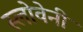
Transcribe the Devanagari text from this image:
स्लोवेनी